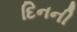
દિનની